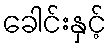
ခေါင်းနှင့်